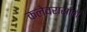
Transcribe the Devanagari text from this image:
कलेवरासाठी